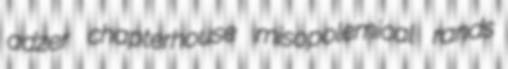
adzer chapterhouse misopolemical rands